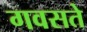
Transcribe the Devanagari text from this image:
गवसते